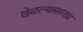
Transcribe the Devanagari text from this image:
खेळल्यासारखा